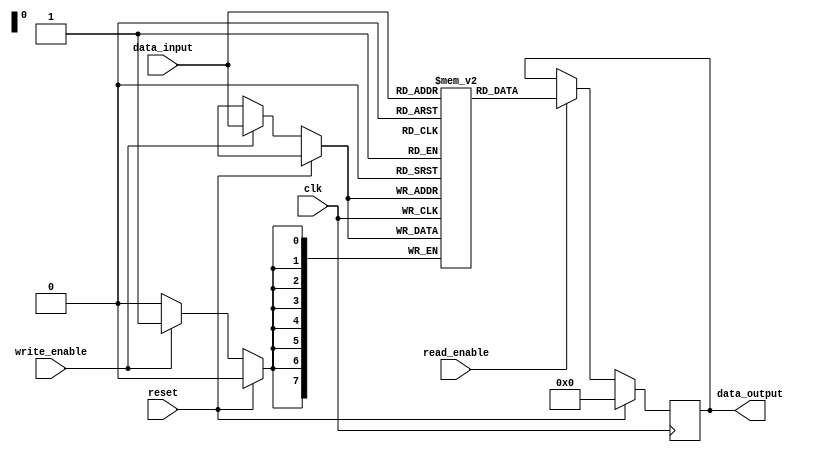
module DDR_SDRAM (
    input wire clk,
    input wire reset,
    input wire write_enable,
    input wire read_enable,
    input wire [7:0] data_input,
    output reg [7:0] data_output
);

reg [7:0] memory [0:255]; // 256 memory locations

always @(posedge clk) begin
    if (reset) begin
        data_output <= 8'b0;
    end else begin
        if (write_enable) begin
            memory[data_input] <= data_input;
        end
        
        if (read_enable) begin
            data_output <= memory[data_input];
        end
    end
end

endmodule